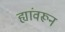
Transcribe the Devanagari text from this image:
ह्यांवरून